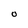
Character: 0